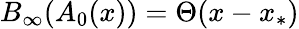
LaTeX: B_{\infty}(A_{0}(x))=\Theta(x-x_{*})